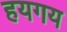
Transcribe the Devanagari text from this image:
हयगय